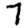
Digit: 7